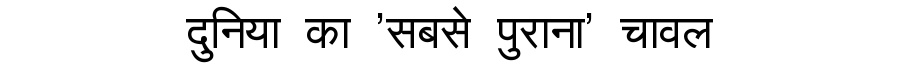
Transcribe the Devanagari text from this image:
दुनिया का 'सबसे पुराना' चावल